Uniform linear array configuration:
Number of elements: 12
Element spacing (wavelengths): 0.25
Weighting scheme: kaiser
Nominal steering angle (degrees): -60
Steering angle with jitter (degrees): -60.132
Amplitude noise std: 0.05
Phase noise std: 0.05

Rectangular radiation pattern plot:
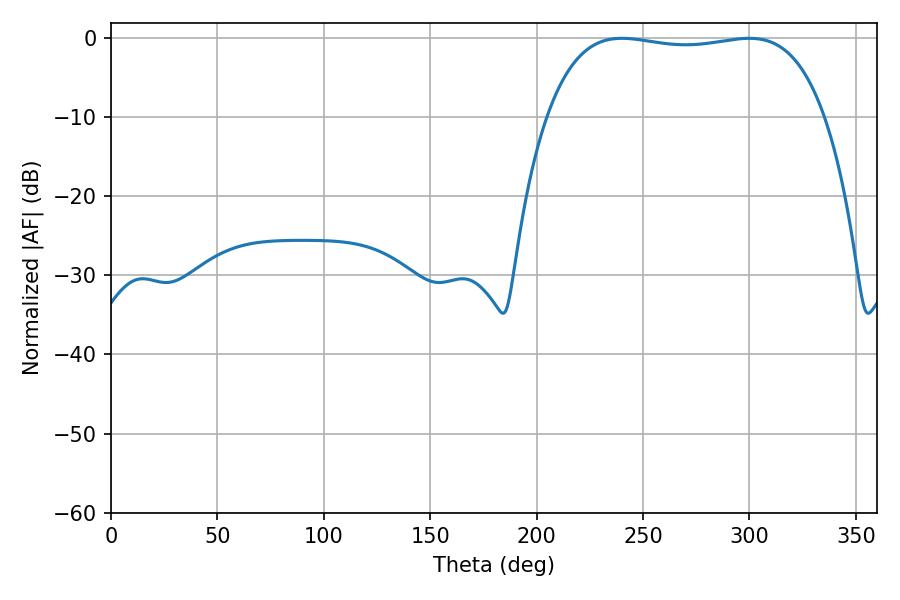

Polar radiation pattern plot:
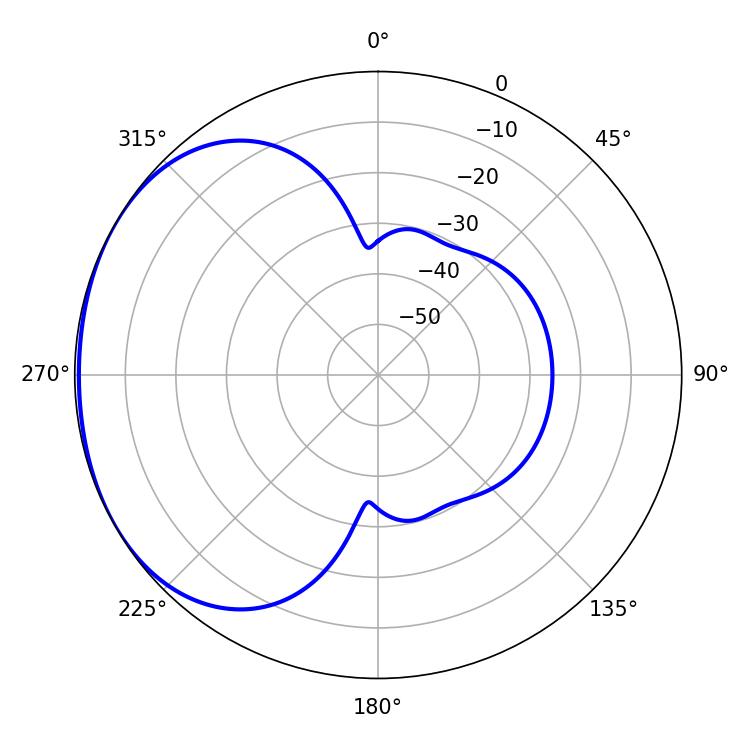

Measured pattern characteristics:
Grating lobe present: FALSE
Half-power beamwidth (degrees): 104.04
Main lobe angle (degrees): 240.12